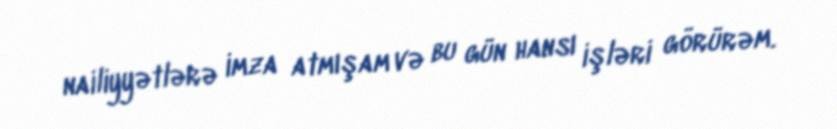
nailiyyətlərə imza atmışam və bu gün hansı işləri görürəm.